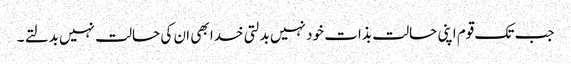
جب تک قوم اپنی حالت بذات خود نہیں بدلتی خدا بھی ان کی حالت نہیں بدلتے ۔